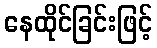
နေထိုင်ခြင်းဖြင့်